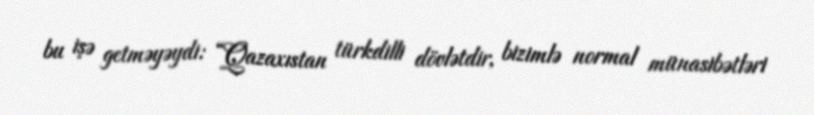
bu işə getməyəydi: “Qazaxıstan türkdilli dövlətdir, bizimlə normal münasibətləri